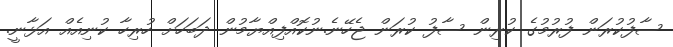
ސާފުކުރަން ފުރުމުގެ ކުރިން ސާފު ކުރަން ޖެހޭނެ.ނުކޮއްފިއްޔާމުން ދަބަހަށް ހުރިހާ ކުނިއެއް އަޅާނީ.